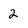
Character: 2